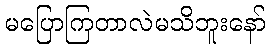
မပြောကြတာလဲမသိဘူးနော်